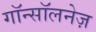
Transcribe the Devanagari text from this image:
गॉन्सॉलनेज़